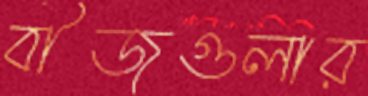
বীজগুলার